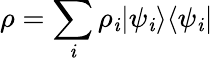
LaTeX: \rho=\sum_{\mathit{i}}\rho_{\mathit{i}}|\psi_{\mathit{i}}\rangle\langle\psi_{\mathit{i}}|